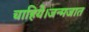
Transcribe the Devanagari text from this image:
चाहिये।जन्मजात